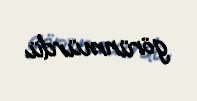
görünmürdü.